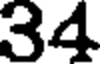
34